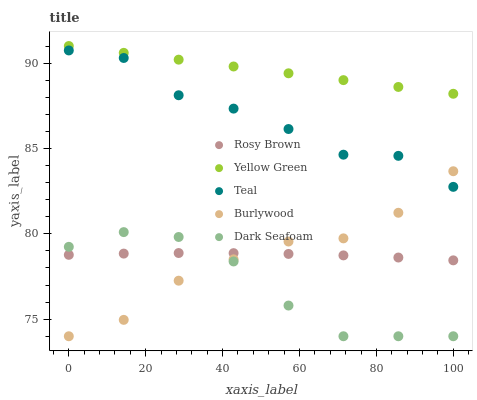
| xaxis_label | Rosy Brown | Yellow Green | Teal | Burlywood | Dark Seafoam |
 | --- | --- | --- | --- | --- | --- |
 | 0 | 78.8 | 91 | 90.7 | 74 | 79.2 |
 | 14.3 | 78.8 | 90.6 | 90.3 | 75 | 80.1 |
 | 28.6 | 78.9 | 90.2 | 88.1 | 77.3 | 79.8 |
 | 42.9 | 78.9 | 89.8 | 87.3 | 78.5 | 78.4 |
 | 57.1 | 78.8 | 89.4 | 86.1 | 79.5 | 75.8 |
 | 71.4 | 78.7 | 89 | 84.6 | 79.7 | 74 |
 | 85.7 | 78.6 | 88.6 | 84.6 | 81.2 | 74 |
 | 100 | 78.4 | 88.2 | 82.8 | 83.7 | 74 |